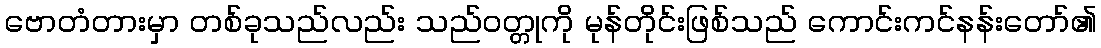
ဗောတံတားမှာ တစ်ခုသည်လည်း သည်ဝတ္တုကို မုန်တိုင်းဖြစ်သည် ကောင်းကင်နန်းတော်၏